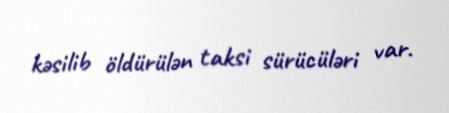
kəsilib öldürülən taksi sürücüləri var.